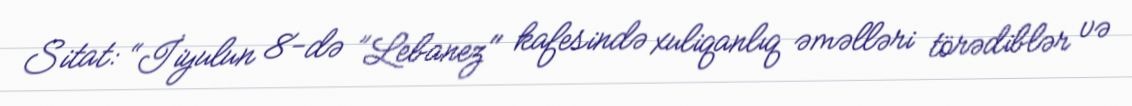
Sitat: “İiyulun 8-də ”Lebanez" kafesində xuliqanlıq əməlləri törədiblər və